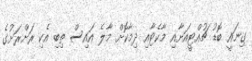
ގިނައީ ބޮޑު ޗުއްޓީއަށާއި މާކެޓާއި ދިމާކޮށް މާލެ އައިސް ތިބި އެކި ރަށްރަށުގެ